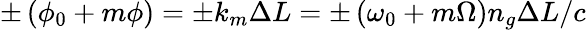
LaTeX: \pm\left(\phi_{0}+m\phi\right)=\pm k_{m}\Delta L=\pm\left(\omega_{0}+m\Omega\right)n_{g}\Delta L/c